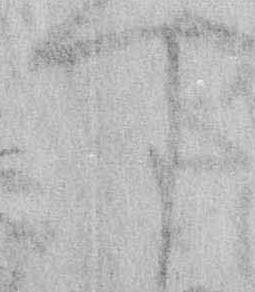
す